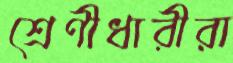
শ্রেণীধারীরা